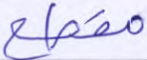
مقطع